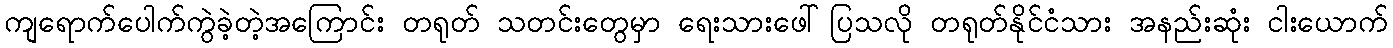
ကျရောက်ပေါက်ကွဲခဲ့တဲ့အကြောင်း တရုတ် သတင်းတွေမှာ ရေးသားဖေါ်ပြသလို တရုတ်နိုင်ငံသား အနည်းဆုံး ငါးယောက်